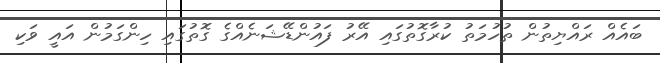
ބައެއް ރައްޔިތުން ތުހުމަތު ކުރާގޮތުގައި އޭރު ފައުންޑޭޝަނެއްގެ ގޮތުގައި ހިންގަމުން އައީ ވަކި